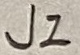
Text: J2